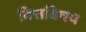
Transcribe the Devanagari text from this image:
वित्तविषय